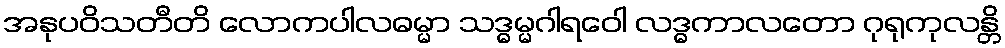
အနုပဝိသတီတိ လောကပါလဓမ္မာ သဒ္ဓမ္မဂါရဝေါ လဒ္ဓကာလတော ဂုရုကုလန္တိ